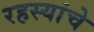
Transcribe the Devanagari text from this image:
रहस्यांचे